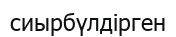
сиырбүлдірген